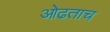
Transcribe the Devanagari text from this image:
ओढताच